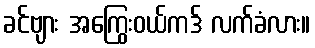
ခင်ဗျား အကြွေးဝယ်ကဒ် လက်ခံလား။